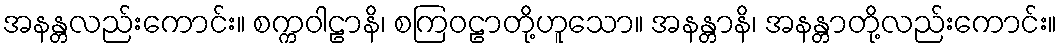
အနန္တလည်းကောင်း။ စက္ကဝါဠာနိ၊ စကြဝဠာတို့ဟူသော။ အနန္တာနိ၊ အနန္တာတို့လည်းကောင်း။